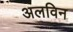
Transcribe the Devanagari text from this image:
अलविन